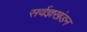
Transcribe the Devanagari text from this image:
सर्वज्ञखंडन